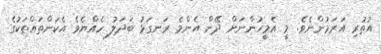
އުތުރި އަރަމުންނެވެ. މީ އެމީހުންނަށް ދޭން އެންމެ ރަނގަޅު ބަދަލު ހެއްޔެވެ އެކަންތައްތަކުގެ